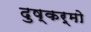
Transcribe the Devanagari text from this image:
दुष्कर्मो